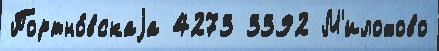
Портно́вскаjа 4273 3392 М'илохово